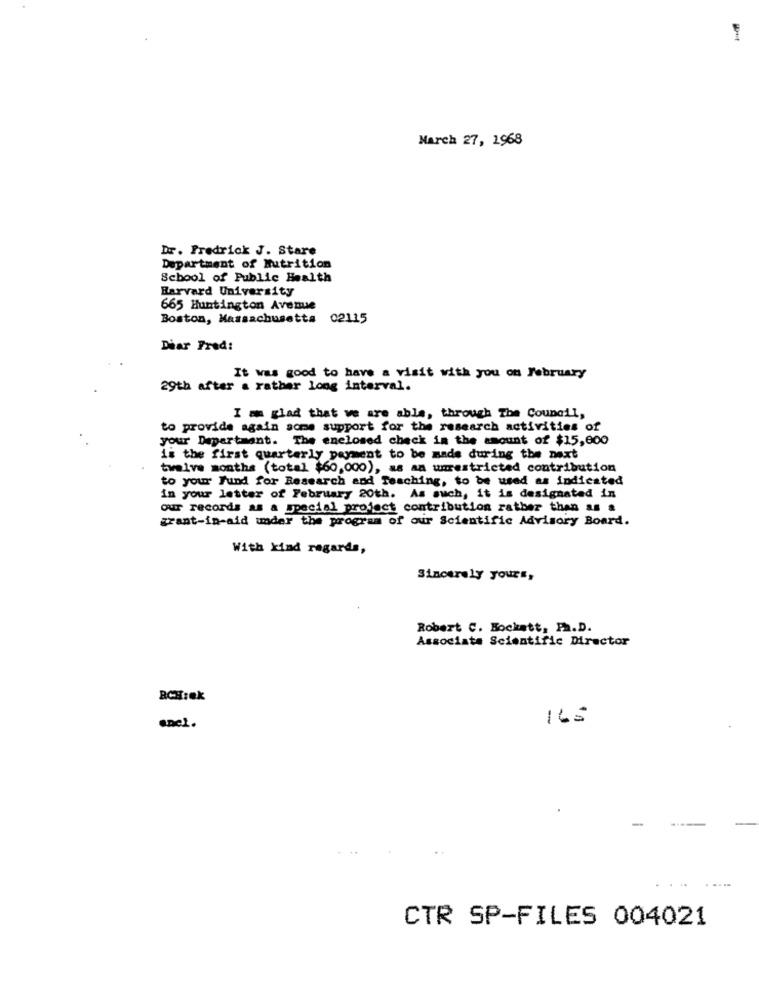
March 27, 1968
Dr. Fredrick J. Stare
Department of Nutrition
School of Public Health
Harvard University
665 Huntington Avenue
Boston, Massachusetts 02115
Diar Fred:
It was good to have a visit with you on February
29th after a rather long interval.
I am glad that we are able, through The Council,
to provide again some support for the research activities of
your Department. The enclosed check in the amount of $15,000
is the first quarterly payment to be made during the next
twelve months (total $60,000), as an umrestricted contribution
to your Fund for Research and Teaching, to be used as indicated
in your letter of February 20th. As such, it is designated in
our records as a special project contribution rather than as a
grant-in-aid under the program of our Scientific Advisory Board.
With kind regards,
Sincerely yours,
Robert C. Bockatt, Ph.D.
Associate Scientific Director
BCHrek
165
enel.
CTR SP-FILES 004021